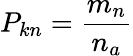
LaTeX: P_{kn}=\frac{m_{n}}{n_{a}}